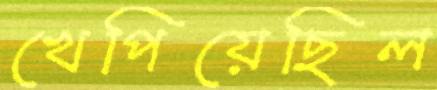
খেপিয়েছিল